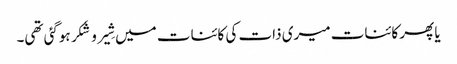
یا پھر کائنات میری ذات کی کائنات میں شِیر و شَکر ہوگئی تھی۔